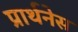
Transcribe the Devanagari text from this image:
प्रार्थनेस